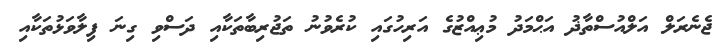
ޖެނެރަލް އަލްއުސްތާޛު އަޙްމަދު މުޢިއްޒުގެ އަރިހުގައި ކުރެވުނު ތަޖުރިބާތަކާއި ދަސްވި ގިނަ ފިލާވަޅުތަކާއި